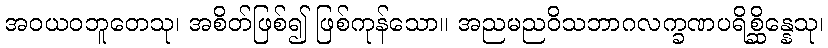
အဝယဝဘူတေသု၊ အစိတ်ဖြစ်၍ ဖြစ်ကုန်သော။ အညမညဝိသဘာဂလက္ခဏပရိစ္ဆိန္နေသု၊